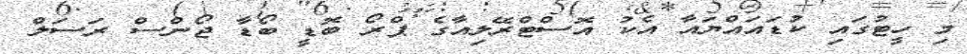
މި ހީޓުގައި ކުޑައައްޔައާ އެކު އޮސްޓްރޭލިއާގެ ޕްރޯ ބޮޑީ ބޯޑާ ޖޯންސް ރަސަލް